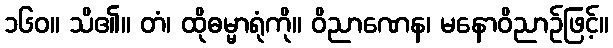
၁၆၀။ သိ၏။ တံ၊ ထိုဓမ္မာရုံကို။ ဝိညာဏေန၊ မနောဝိညာဉ်ဖြင့်။